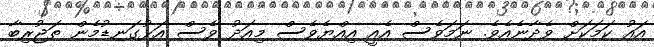
އައު ކަމަކަށް ވެދާނެއެވެ. ނަމަވެސް އެއީ އިއްޔެވެސް މިއަދު ވެސް އަޅުގަނޑުމެން ތަޖުރިބާ